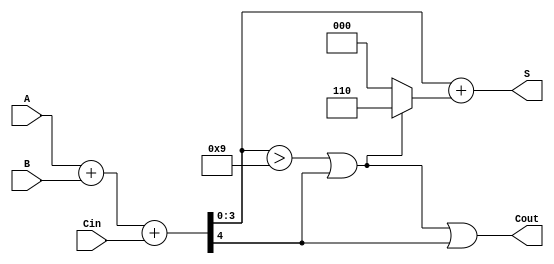
module BCD_Parallel_Adder (
    input  [3:0] A,      // BCD digit A
    input  [3:0] B,      // BCD digit B
    input        Cin,     // Carry input
    output [3:0] S,      // BCD sum output
    output       Cout     // Carry output
);

    wire [4:0] Sum;       // 5-bit sum for A + B + Cin
    wire correction;       // Flag to indicate if correction is needed
    wire [4:0] Corrected_Sum; // Corrected sum after adding 6 if needed

    // Step 1: Perform binary addition
    assign Sum = A + B + Cin;

    // Step 2: Determine if correction is needed
    // Correction is required if the sum exceeds 9 or if there's a carry-out
    assign correction = (Sum[3:0] > 4'b1001) || Sum[4];

    // Step 3: Apply correction if necessary
    // If correction is needed, add 6 to the sum
    assign Corrected_Sum = Sum + (correction ? 5'd6 : 5'd0);

    // Assign the final BCD output and carry out
    assign S = Corrected_Sum[3:0];
    assign Cout = correction || Sum[4]; // Cout is set if correction was applied or there was an original carry

endmodule